Indian Medical Review
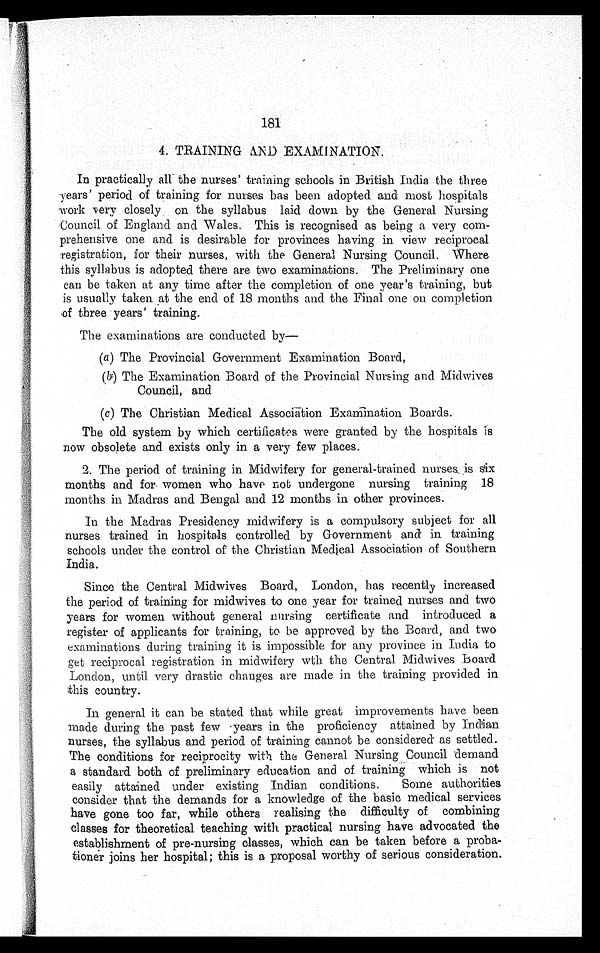
181
4. TRAINING AND EXAMINATION.
In practically all the nurses' training schools in British India the three
years' period of training for nurses has been adopted and most hospitals
work very closely on the syllabus laid down by the General Nursing
Council of England and Wales. This is recognised as being a very com-
prehensive one and is desirable for provinces having in view reciprocal
registration, for their nurses, with the General Nursing Council. Where
this syllabus is adopted there are two examinations. The Preliminary one
can be taken at any time after the completion of one year's training, but
is usually taken at the end of 18 months and the Final one on completion
of three years' training.
The examinations are conducted by
-
(a) The Provincial Government Examination Board,
(b) The Examination Board of the Provincial Nursing and Midwives
Council, and
(c) The Christian Medical Association Examination Boards.
The old system by which certificates were granted by the hospitals is
now obsolete and exists only in a very few places.
2. The period of training in Midwifery for general-trained nurses is
s i x m o n t h s a n d f o r w o m e n w h o h a v e n o t u n d e r g o n e n u r s i n g t r a i n i n g 1 8
months in Madras and Bengal and 12 months in other provinces.
In the Madras Presidency midwifery is a compulsory subject for all
nurses trained in hospitals controlled by Government and in training
schools under the control of the Christian Medical Association of Southern
India.
Since the Central Midwives Board, London, has recently increased
the period of training for midwives to one year for trained nurses and two
years for women without general nursing certificate and introduced a
register of applicants for training, to be approved by the Board, and two
examinations during training it is impossible for any province in India to
get reciprocal registration in midwifery wth the Central Midwives Board
London, until very drastic changes are made in the training provided in
this country.
In general it can be stated that while great improvements have been
made during the past few years in the proficiency attained by Indian
nurses, the syllabus and period of training cannot be considered as settled.
The conditions for reciprocity with the General Nursing Council demand
a standard both of preliminary education and of training which is not
easily attained under existing Indian conditions. Some authorities
consider that the demands for a knowledge of the basic medical services
have gone too far, while others realising the difficulty of combining
classes for theoretical teaching with practical nursing have advocated the
establishment of pre-nursing classes, which can be taken before a proba-
tioner joins her hospital; this is a proposal worthy of serious consideration.